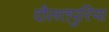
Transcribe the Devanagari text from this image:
दौलतपुरिया